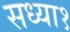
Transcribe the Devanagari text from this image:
सध्या१